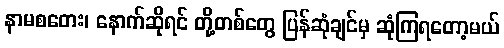
နာမစတေး၊ နောက်ဆိုရင် တို့တစ်တွေ ပြန်ဆုံချင်မှ ဆုံကြရတော့မယ်